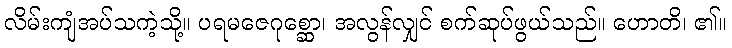
လိမ်းကျံအပ်သကဲ့သို့။ ပရမဇေဂုစ္ဆော၊ အလွန်လျှင် စက်ဆုပ်ဖွယ်သည်။ ဟောတိ၊ ၏။